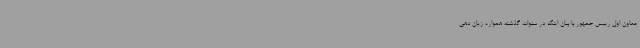
معاون اول رییس جمهور با بیان اینکه در سنوات گذشته همواره زیان دهی